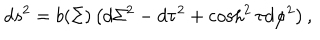
d s ^ { 2 } = b ( \Sigma ) \left( d \Sigma ^ { 2 } - d \tau ^ { 2 } + \cosh ^ { 2 } \tau d \varphi ^ { 2 } \right) ,